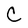
Character: C